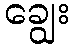
ချွေး